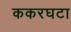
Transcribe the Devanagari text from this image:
ककरघटा